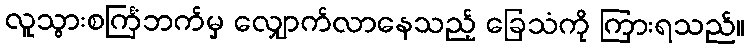
လူသွားစင်္ကြံဘက်မှ လျှောက်လာနေသည့် ခြေသံကို ကြားရသည်။